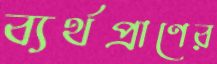
ব্যর্থপ্রাণের